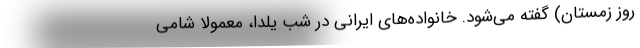
روز زمستان) گفته می‌شود. خانواده‌های ایرانی در شب یلدا، معمولاً شامی